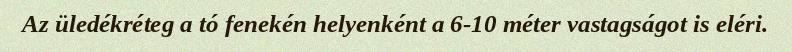
Az üledékréteg a tó fenekén helyenként a 6-10 méter vastagságot is eléri.